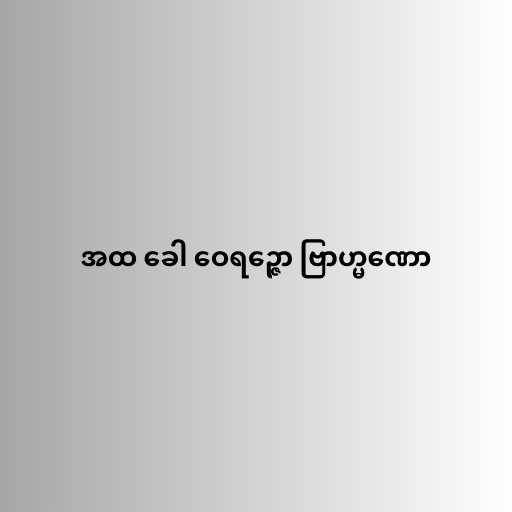
အထ ခေါ ဝေရဉ္ဇော ဗြာဟ္မဏော